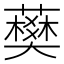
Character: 𧀭